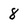
Character: 8